Indian journal of veterinary science and animal husbandry - Volume 10,
Year: 1940
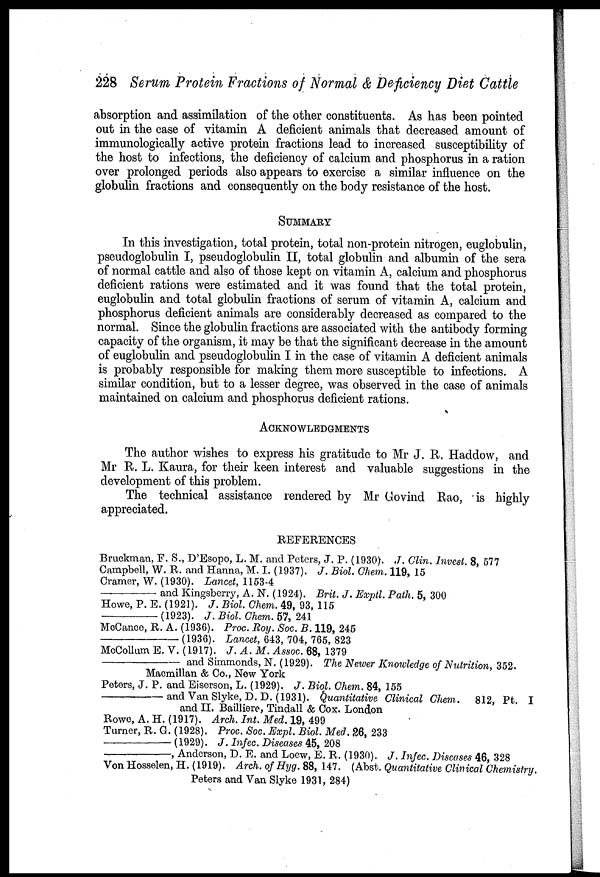
228 Serum Protein Fractions of Normal & Deficiency Diet Cattle
absorption and assimilation of the other constituents. As has been pointed
out in the case of vitamin A deficient animals that decreased amount of
immunologically active protein fractions lead to increased susceptibility of
the host to infections, the deficiency of calcium and phosphorus in a ration
over prolonged periods also appears to exercise a similar influence on the
globulin fractions and consequently on the body resistance of the host.
SUMMARY
In this investigation, total protein, total non-protein nitrogen, euglobulin,
pseudoglobulin I, pseudoglobulin II, total globulin and albumin of the sera
of normal cattle and also of those kept on vitamin A, calcium and phosphorus
deficient rations were estimated and it was found that the total protein,
euglobulin and total globulin fractions of serum of vitamin A, calcium and
phosphorus deficient animals are considerably decreased as compared to the
normal. Since the globulin fractions are associated with the antibody forming
capacity of the organism, it may be that the significant decrease in the amount
of euglobulin and pseudoglobulin I in the case of vitamin A deficient animals
is probably responsible for making them more susceptible to infections. A
similar condition, but to a lesser degree, was observed in the case of animals
maintained on calcium and phosphorus deficient rations.
ACKNOWLEDGMENTS
The author wishes to express his gratitude to Mr J. R. Haddow, and
Mr R. L. Kaura, for their keen interest and valuable suggestions in the
development of this problem.
The technical assistance rendered by Mr Govind Rao, is highly
appreciated.
REFERENCES
Bruckman, F. S., D'Esopo, L. M. and Peters, J. P. (1930). J. Clin. Invest. 8, 577
Campbell, W. R. and Hanna, M. I. (1937). J. Biol. Chem. 119, 15
Cramer, W. (1930). Lancet, 1153-4
—and Kingsberry, A. N. (1924). Brit. J. Exptl. Path. 5, 300
Howe, P. E. (1921). J. Biol. Chem. 49, 93, 115
—(1923).
J. Biol. Chem. 57, 241
McCance, R. A. (1936). Proc. Roy. Soc. B. 119, 245
—(1936).
Lancet, 643, 704, 765, 823
McCollum E. V. (1917). J. A.M. Assoc. 68, 1379
—and
Simmonds, N. (1929). The Newer Knowledge of Nutrition, 352.
Macmillan & Co., New York
Peters, J. P. and Eiserson, L. (1929). J. Biol. Chem. 84, 155
—and
Van Slyke, D. D. (1931). Quantitative Clinical Chem. 812, Pt. I
and II. Bailliere, Tindall & Cox. London
Rowe, A. H. (1917). Arch. Int. Med. 19, 499
Turner, R. G. (1928). Proc. Soc. Expl. Biol. Med. 26, 233
—
(1929). J. Infec. Diseases 45, 208
—,
Anderson, D. E. and Loew, E. R. (1930). J. Infec. Diseases 46, 328
Von Hosselen, H. (1919). Arch. of Hyg. 88, 147. (Abst. Quantitative Clinical Chemistry.
Peters and Van Slyke 1931, 284)